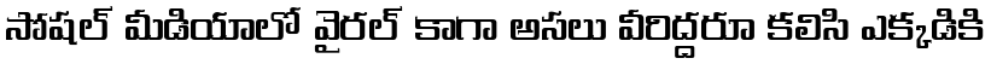
సోషల్ మీడియాలో వైరల్ కాగా అసలు వీరిద్దరూ కలిసి ఎక్కడికి